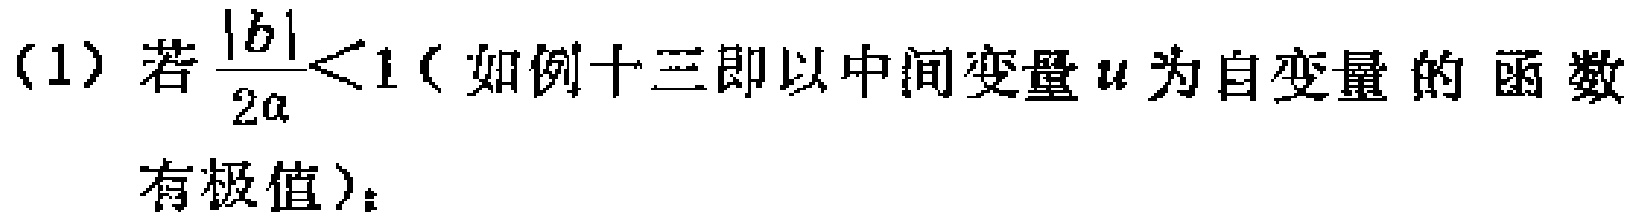
（1）若$\frac{|b|}{2a}<1$（如例十三即以中间变量$u$为自变量的函数
有极值）；